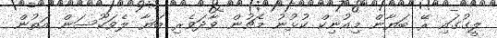
ލީގުގައި ރޭ ބަޔާން މިއުނިކް ކުޅުނު މެޗުން ވާދަވެރި ބަޔާ ލެވަކޫސަން އަތުން